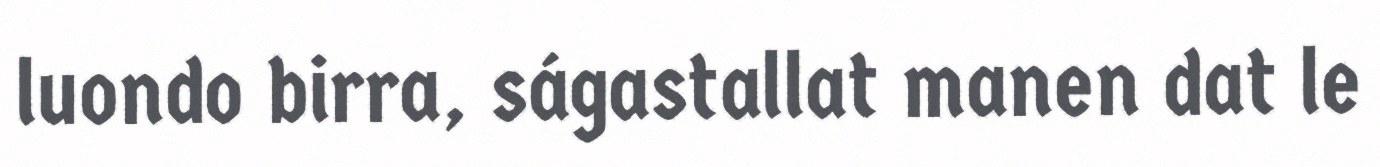
luondo birra, ságastallat manen dat le